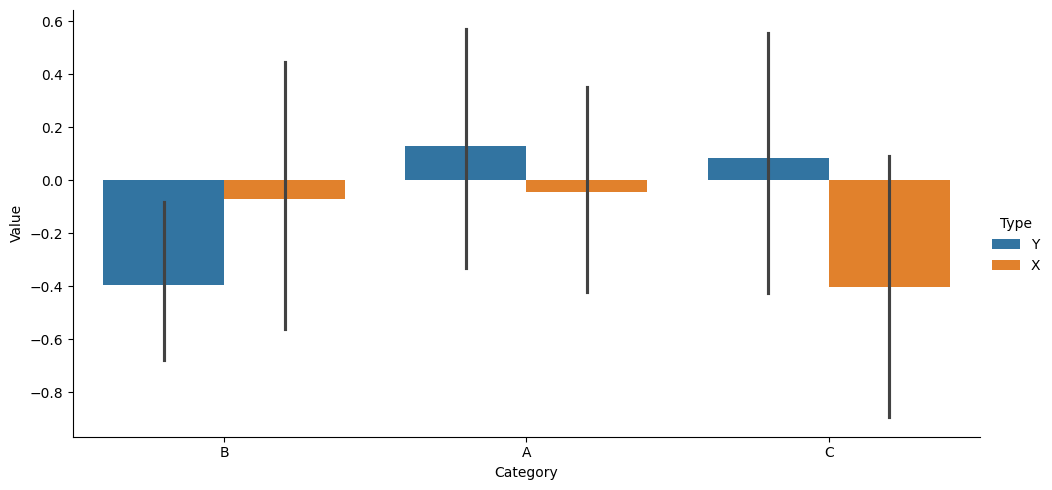
python, seaborn, catplot, kind='bar', height=5, aspect=2